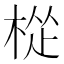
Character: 𪲧